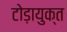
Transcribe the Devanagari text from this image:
टोड़ायुक्त